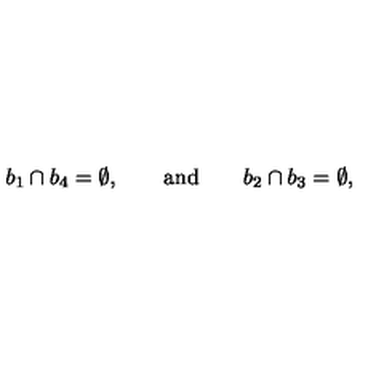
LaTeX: b _ { 1 } \cap b _ { 4 } = \emptyset , \qquad \mathrm { a n d } \qquad b _ { 2 } \cap b _ { 3 } = \emptyset ,